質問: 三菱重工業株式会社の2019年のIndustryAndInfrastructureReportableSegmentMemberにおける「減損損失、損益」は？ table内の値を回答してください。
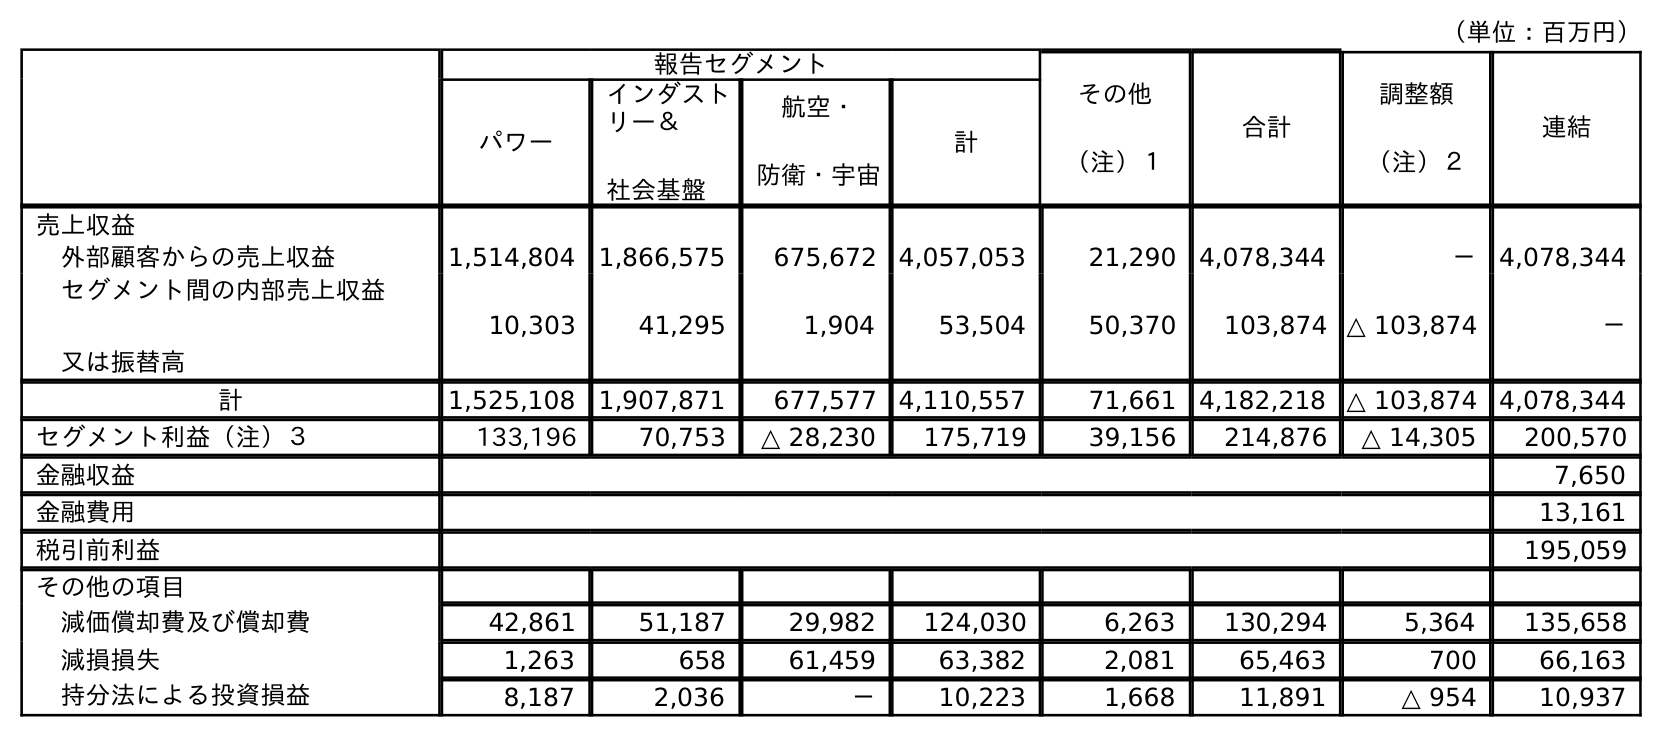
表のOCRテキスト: （単位：百万円） 報告セグメント その他 （注）１ 合計 調整額 （注）２ 連結 パワー インダスト リー＆ 社会基盤 航空・ 防衛・宇宙 計 売上収益 外部顧客からの売上収益 1,514,804 1,866,575 675,672 4,057,053 21,290 4,078,344 － 4,078,344 セグメント間の内部売上収益 又は振替高 10,303 41,295 1,904 53,504 50,370 103,874 △ 103,874 － 計 1,525,108 1,907,871 677,577 4,110,557 71,661 4,182,218 △ 103,874 4,078,344 セグメント利益（注）３ 133,196 70,753 △ 28,230 175,719 39,156 214,876 △ 14,305 200,570 金融収益 7,650 金融費用 13,161 税引前利益 195,059 その他の項目 減価償却費及び償却費 42,861 51,187 29,982 124,030 6,263 130,294 5,364 135,658 減損損失 1,263 658 61,459 63,382 2,081 65,463 700 66,163 持分法による投資損益 8,187 2,036 － 10,223 1,668 11,891 △ 954 10,937
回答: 658